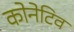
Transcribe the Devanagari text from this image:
कोनेटिव